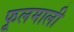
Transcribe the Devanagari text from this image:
फूलमाली